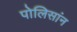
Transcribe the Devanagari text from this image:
पोलिसांन